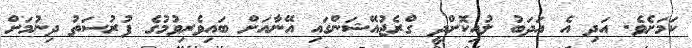
ކަމަށެވެ. އަދި އެ އަދަބު ލުއިކޮށްދީ ގްރެޖުއޭޝަންގައި އޭނާއަށް ބައިވެރިވުމުގެ ފުރުސަތު ދިނުމަށް